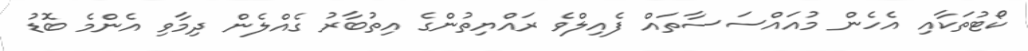
ކޯޓުތަކާއި އެހެން މުއައްސަސާތައް ފެއިލްވެ ރައްޔިތުންގެ އިތުބާރު ގެއްލެން ދިމާވި އެންމެ ބޮޑު